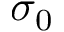
\sigma _ { 0 }